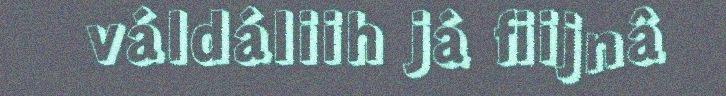
váldáliih já fiijnâ